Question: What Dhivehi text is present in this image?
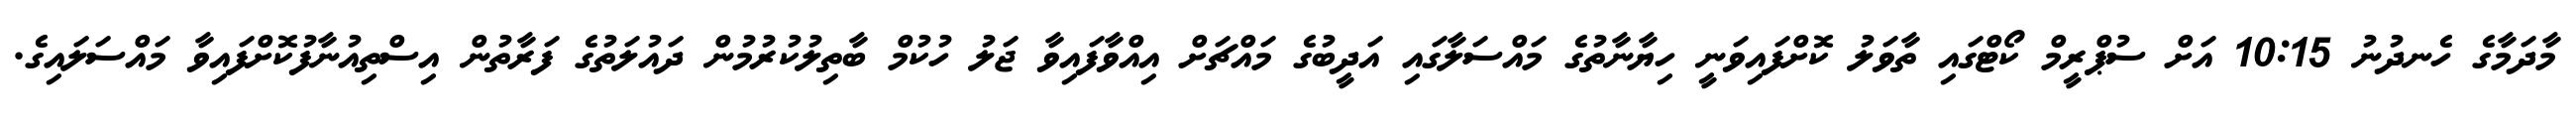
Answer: މާދަމާގެ ހެނދުނު 10:15 އަށް ސުޕްރީމް ކޯޓްގައި ތާވަލު ކޮށްފައިވަނީ ހިޔާނާތުގެ މައްސަލާގައި އަދީބުގެ މައްޗަށް އިއްވާފައިވާ ޖަލު ހުކުމް ބާތިލުކުރުމުން ދައުލަތުގެ ފަރާތުން އިސްތިއުނާފުކޮށްފައިވާ މައްސަލައިގެ.